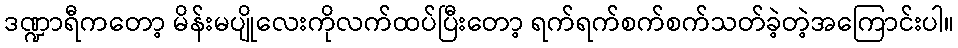
ဒဏ္ဍာရီကတော့ မိန်းမပျိုလေးကိုလက်ထပ်ပြီးတော့ ရက်ရက်စက်စက်သတ်ခဲ့တဲ့အကြောင်းပါ။